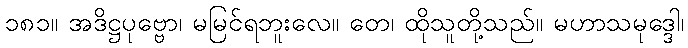
၁၈၁။ အဒိဋ္ဌပုဗ္ဗော၊ မမြင်ရဘူးလေ။ တေ၊ ထိုသူတို့သည်။ မဟာသမုဒ္ဒေါ၊